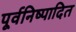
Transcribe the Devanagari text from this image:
पूर्वनिष्पादित